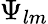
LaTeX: \Psi_{lm}